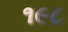
૧૯૮